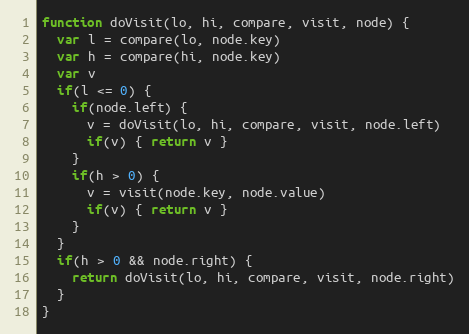
Language: JavaScript
function doVisit(lo, hi, compare, visit, node) {
  var l = compare(lo, node.key)
  var h = compare(hi, node.key)
  var v
  if(l <= 0) {
    if(node.left) {
      v = doVisit(lo, hi, compare, visit, node.left)
      if(v) { return v }
    }
    if(h > 0) {
      v = visit(node.key, node.value)
      if(v) { return v }
    }
  }
  if(h > 0 && node.right) {
    return doVisit(lo, hi, compare, visit, node.right)
  }
}